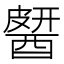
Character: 𨡶